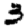
Digit: 3